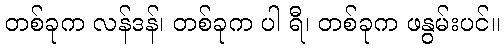
တစ်ခုက လန်ဒန်၊ တစ်ခုက ပါ ရီ၊ တစ်ခုက ဖနွမ်းပင်။